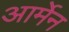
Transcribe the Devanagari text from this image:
आर्मेन